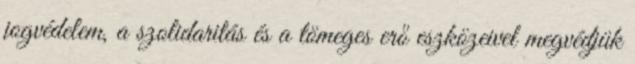
jogvédelem, a szolidaritás és a tömeges erő eszközeivel megvédjük